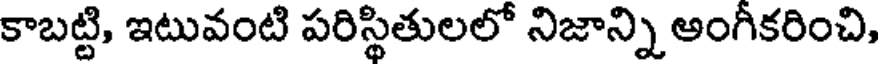
కాబట్టి, ఇటువంటి పరిస్థితులలో నిజాన్ని ఆంగీకరించి,